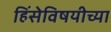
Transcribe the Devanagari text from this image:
हिंसेविषयीच्या